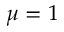
\mu = 1